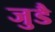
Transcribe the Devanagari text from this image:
जुडै